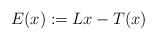
\begin{align*} E(x) := L x - T(x)\end{align*}